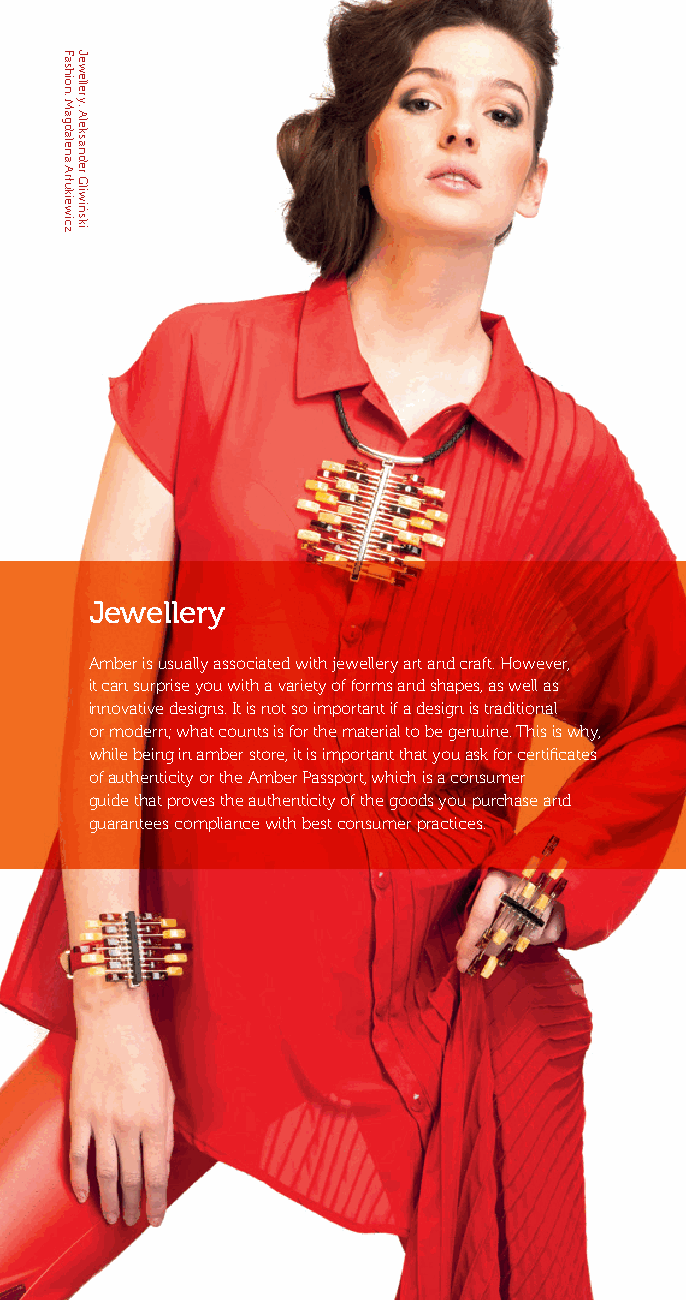
Jewellery
 Amber is usually associated with jewellery art and craft. However,
 it can surprise you with a variety of forms and shapes, as well as
 innovative designs. It is not so important if a design is traditional
 or modern; what counts is for the material to be genuine. This is why,
 while being in amber store, it is important that you ask for certificates
 of authenticity or the Amber Passport, which is a consumer
 guide that proves the authenticity of the goods you purchase and
 guarantees compliance with best consumer practices.
 Fashion:
 Magdalena
 Arłukiewicz
 Jewellery:
 Aleksander
 Gliwiński